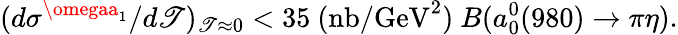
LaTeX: (d\sigma^{\omegaa_{1}}/d\mathscr{T})_{\mathscr{T}\approx0}<35\ (\mathrm{{nb/GeV}}^{2})\ B(a_{0}^{0}(980)\rightarrow\pi\eta).